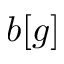
b [ g ]